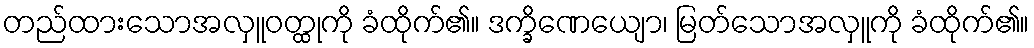
တည်ထားသောအလှူဝတ္ထုကို ခံထိုက်၏။ ဒက္ခိဏေယျော၊ မြတ်သောအလှူကို ခံထိုက်၏။